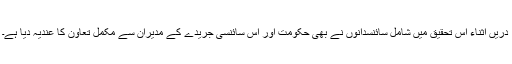
دریں اثناء اس تحقیق میں شامل سائنسدانوں نے بھی حکومت اور اس سائنسی جریدے کے مدیران سے مکمل تعاون کا عندیہ دیا ہے۔